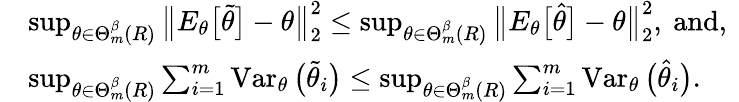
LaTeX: \begin{array}{rl}&{\operatorname*{sup}_{\theta\in\Theta_{m}^{\beta}(R)}\big\| E_{\theta}\big[\widetilde\theta\big]-\theta\big\| _{2}^{2}\leq\operatorname*{sup}_{\theta\in\Theta_{m}^{\beta}(R)}\big\| E_{\theta}\big[\widehat\theta\big]-\theta\big\| _{2}^{2},\mathrm{~and,~}}\\ &{\operatorname*{sup}_{\theta\in\Theta_{m}^{\beta}(R)}\sum_{i=1}^{m}\operatorname{Var}_{\theta}\big(\widetilde\theta_{i}\big)\leq\operatorname*{sup}_{\theta\in\Theta_{m}^{\beta}(R)}\sum_{i=1}^{m}\operatorname{Var}_{\theta}\big(\widehat\theta_{i}\big).}\end{array}